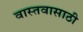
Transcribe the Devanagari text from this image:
वास्तवासाठी